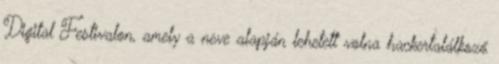
Digital Festivalon, amely a neve alapján lehetett volna hackertalálkozó